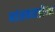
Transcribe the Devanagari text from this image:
मांसकातडीच्या